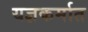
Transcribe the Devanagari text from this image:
यज्ञकर्मात